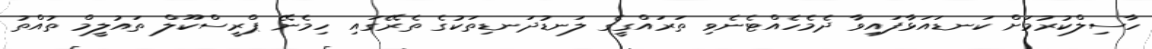
ހާސިލްކުރުމަށް ކަނޑައަޅާފައިވާ ދެމެހެއްޓެނެވި ތަރައްގީގެ ލަނޑުދަނޑިތަކުގެ ތެރޭގައި ހިމެނޭ ޕްރީސްކޫލް ތައުލީމް ތުއްތު